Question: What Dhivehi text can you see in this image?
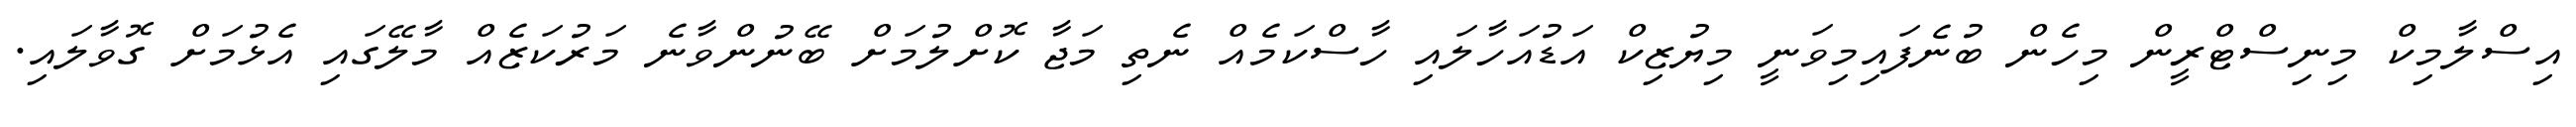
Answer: އިސްލާމިކް މިނިސްޓްރީން މިހެން ބުނެފައިމިވަނީ މިޔުޒިކް އަޑުއަހާލައި ހާސްކަމެއް ނެތި މަޖާ ކޮށްލުމަށް ބޭނުންވާނެ މަރުކަޒެއް މާލޭގައި އެޅުމަށް ގޮވާލައި.